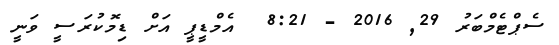
ސެޕްޓެމްބަރު 29